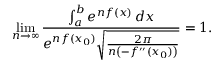
\operatorname* { l i m } _ { n \to \infty } { \frac { \int _ { a } ^ { b } e ^ { n f ( x ) } \, d x } { e ^ { n f ( x _ { 0 } ) } { \sqrt { \frac { 2 \pi } { n \left( - f ^ { \prime \prime } ( x _ { 0 } ) \right) } } } } } = 1 .